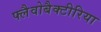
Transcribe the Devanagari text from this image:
फ्लैवोबैक्टीरिया